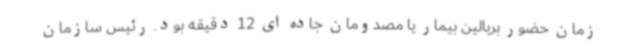
زمان حضور بربالین بیمار یا مصدومان جاده ای 12 دقیقه بود. رئیس سازمان